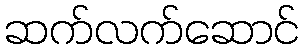
ဆက်လက်ဆောင်